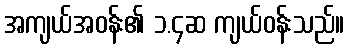
အကျယ်အဝန်း၏ ၁.၄ဆ ကျယ်ဝန်းသည်။